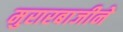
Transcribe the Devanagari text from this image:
मुरारबाजीने